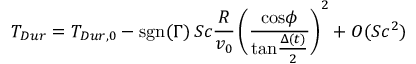
T _ { D u r } = T _ { D u r , 0 } - \mathrm { s g n } ( \Gamma ) \, S c { \frac { R } { v _ { 0 } } } \, \Bigg ( { \frac { \mathrm { c o s } \phi } { \mathrm { t a n } { \frac { \Delta ( t ) } { 2 } } } } \Bigg ) ^ { 2 } + O ( S c ^ { 2 } )